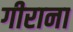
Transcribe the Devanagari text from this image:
गीराना